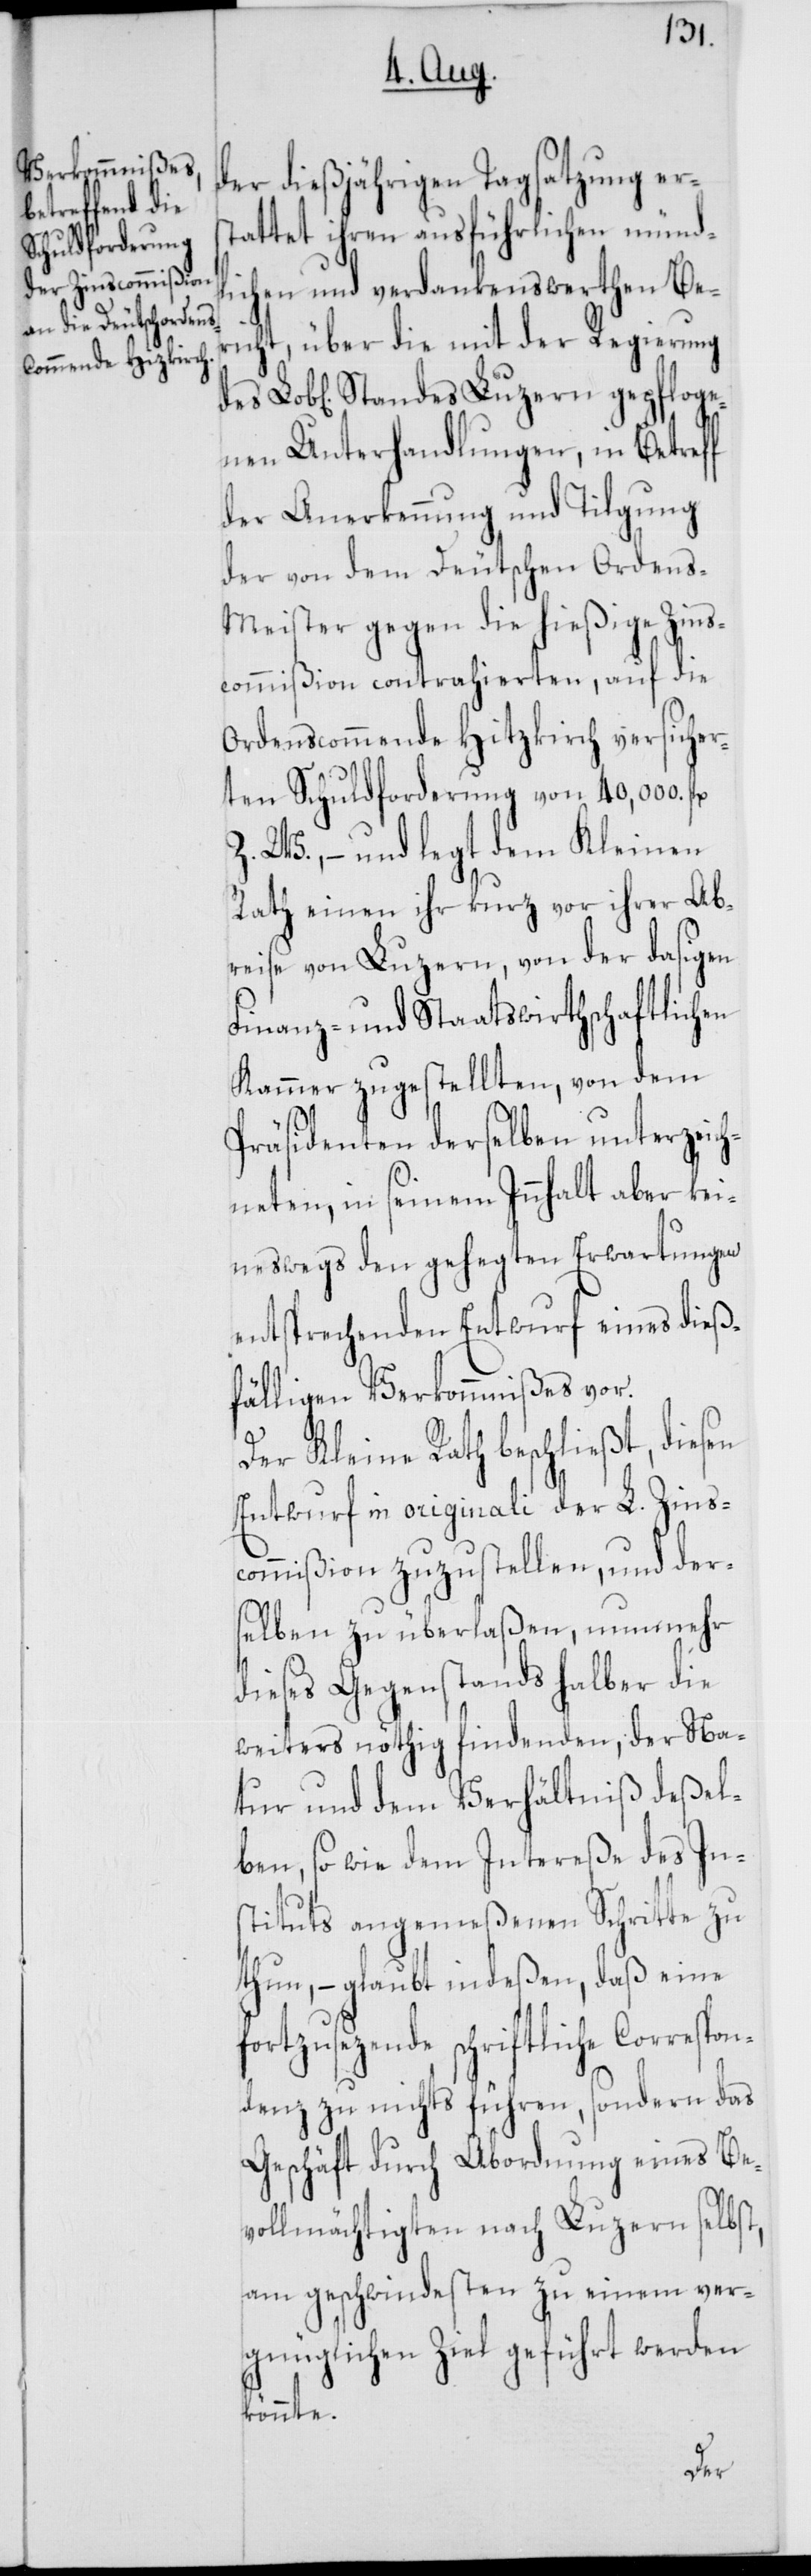
der dießjährigen Tagsatzung ers¬
tattet ihren ausführlichen münd¬
lichen und verdankenswerthen Be¬
richt, über die mit der Regierung
Unterhandlungen, in Betreff
der Anerkennung und Tilgung
der von dem Deutschen Ordens-M¬
eister gegen die hießige Zins¬
commißion contrahierten, auf die
Ordenscommende Hitzkirch versicher¬
ten Schuldforderung von 40,000. fl.
Z. W., – und legt dem Kleinen
Rath einen ihr kurz vor ihrer Ab¬
reise von Luzern, von der dasigen
Finanz- und Staatswirthschaftlichen
Kammer zugestellten, von dem
Präsidenten derselben unterzeich¬
neten, in seinem Innhalt aber kei¬
neswegs den gehegten Erwartungen
entsprechenden Entwurf eines dieß¬
fälligen Verkommnißes vor.
Der Kleine Rath beschließt, diesen
Entwurf in originali der L. Zins¬
commißion zuzustellen, und der¬
selben zu überlaßen, nunmehr
dieses Gegenstands halber die
weiters nöthig findenden, der Na¬
tur und dem Verhältniß deßel¬
ben, sowie dem Intereße des In¬
stituts angemeßenen Schritte zu
thun, – glaubt indeßen, daß eine
fortzusezende schriftliche Correspo¬
ndenz zu nichts führen, sondern das
Geschäft durch Abordnung eines Be¬
vollmächtigten nach Luzern selbst,
am geschwindesten zu einem ver¬
gnüglichen Ziel geführt werden
könnte.